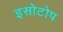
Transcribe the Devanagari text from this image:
इसोटोप